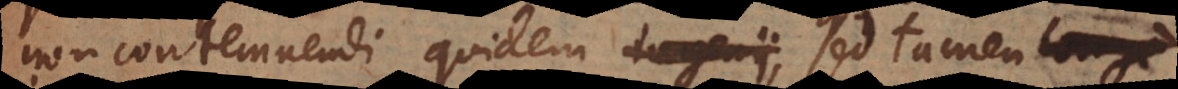
non contemnendi quidemingenii, sed tamen longe